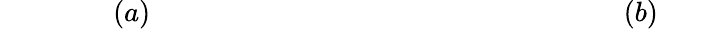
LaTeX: ~~~~~~~~~~~~~~~~(a)~~~~~~~~~~~~~~~~~~~~~~~~~~~~~~~~~~~~~~~~~~~~~~~~~~~~~~~~~~~~~~~~~~~(b)~~~~~~~~